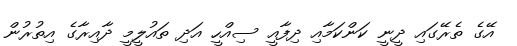
އޭގެ ތެރޭގައި ދީނީ ކަންކަމާއި ދިފާއީ ސިއްހީ އަދި ތައުލީމީ ދާއިރާގެ އިތުރުން